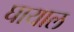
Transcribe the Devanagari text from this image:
घायाल